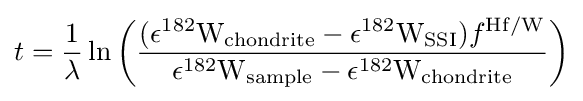
t={\frac {1}{\lambda }}\ln \left({\frac {(\epsilon ^{182}{\rm {W_{chondrite}}}-\epsilon ^{182}{\rm {W_{SSI}}})f^{\rm {Hf/W}}}{\epsilon ^{182}{\rm {W_{sample}}}-\epsilon ^{182}{\rm {W_{chondrite}}}}}\right)